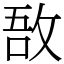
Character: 敔